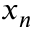
x _ { n }